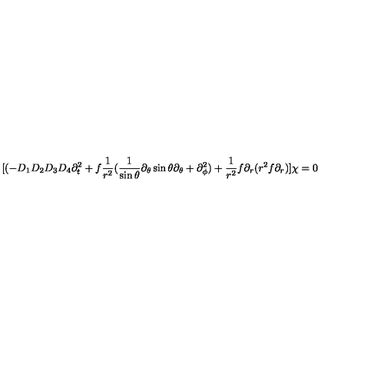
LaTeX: [ ( - D _ { 1 } D _ { 2 } D _ { 3 } D _ { 4 } \partial _ { t } ^ { 2 } + f { \frac { 1 } { r ^ { 2 } } } ( { \frac { 1 } { \sin \theta } } \partial _ { \theta } \sin \theta \partial _ { \theta } + \partial _ { \phi } ^ { 2 } ) + { \frac { 1 } { r ^ { 2 } } } f \partial _ { r } ( r ^ { 2 } f \partial _ { r } ) ] \chi = 0